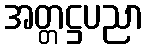
အတ္တဋ္ဌပညာ